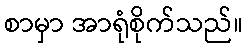
စာမှာ အာရုံစိုက်သည်။